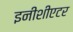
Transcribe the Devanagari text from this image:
इनीशीएटर